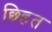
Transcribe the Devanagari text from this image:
छ्हित